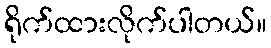
ရိုက်ထားလိုက်ပါတယ်။